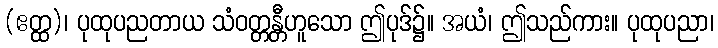
(ဧတ္ထ)၊ ပုထုပညတာယ သံဝတ္တန္တီဟူသော ဤပုဒ်၌။ အယံ၊ ဤသည်ကား။ ပုထုပညာ၊